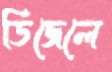
ডিজেলে